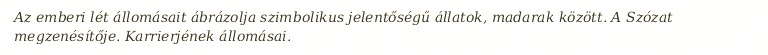
Az emberi lét állomásait ábrázolja szimbolikus jelentőségű állatok, madarak között. A Szózat megzenésítője. Karrierjének állomásai.